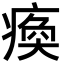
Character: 瘓